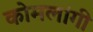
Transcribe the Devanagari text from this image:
कोमलांगी